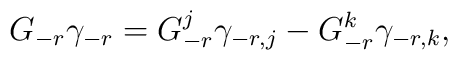
G_{-r}\gamma_{-r}=G^j_{-r}\gamma_{-r,j}-G^k_{-r}\gamma_{-r,k},